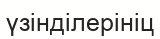
үзінділерініц